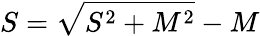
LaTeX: {S}=\sqrt{{S}^{2}+M^{2}}-M